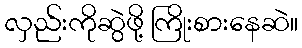
လှည်းကိုဆွဲဖို့ ကြိုးစားနေဆဲ။